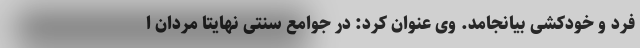
فرد و خودکشی بیانجامد. وی عنوان کرد: در جوامع سنتی نهایتا مردان ا